Annual vaccination report of Bihar and Orissa - 1911-1928
Year: 1911
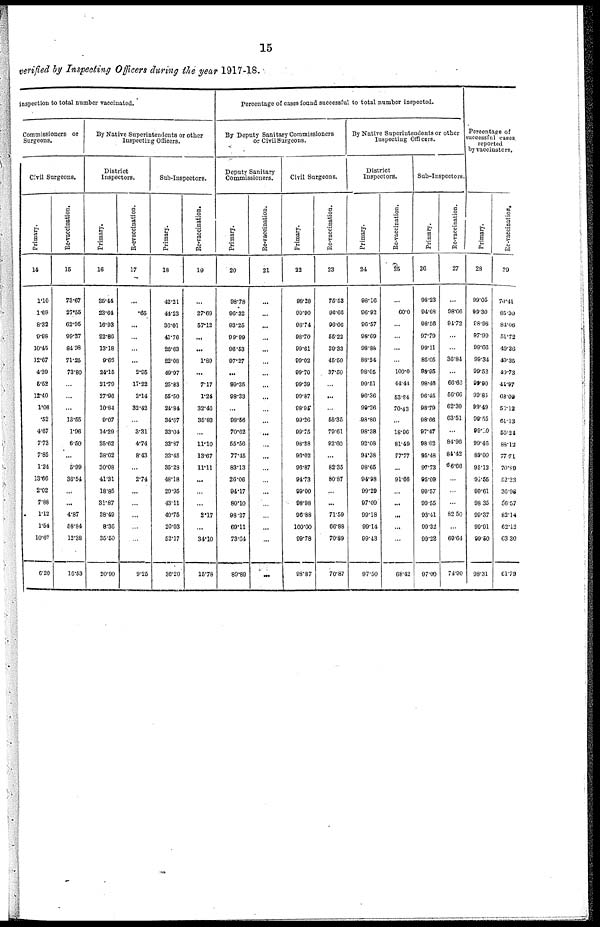
15
verified by Inspecting Officers during the year 1917-18.
inspection to total number vaccinated.
Commissioners or
Surgeons.
Civil Surgeons.
Primary.
14
1.10
1.69
8.32
9.98
10.45
12.67
4.39
6.52
12.40
1.06
.52
4.67
7.73
7.85
1.24
13.66
2.02
7.88
1.12
1.54
10.67
6.20
Re-vaccination.
15
73.67
27.55
62.95
99.37
84.98
71.25
73.80
...
...
...
13.55
1.96
6.50
...
5.99
36.54
...
...
4.87
58.84
12.38
16.53
By Native Superintendents or other
Inspecting Officers.
District
Inspectors.
Primary.
16
35.44
23.64
16.93
22.86
13.18
9.66
24.15
21.79
27.96
10.84
9.07
14.29
25.62
38.62
30.08
41.31
18.85
81.87
38.49
8.36
35.50
20.90
Revaccination.
17
...
.65
...
...
...
...
2.95
17.22
3.14
32.42
...
3.31
4.74
8.43
...
2.74
...
...
...
...
...
9.25
Sub-Inspectors.
Primary.
18
42.21
44.23
36.01
41.76
26.63
22.08
49.97
25.83
55.50
24.84
34.67
33.04
32.87
33.45
35.28
48.18
29.95
43.11
40.75
20.03
52.17
36.20
Re-vaccination.
19
...
27.69
57.12
...
...
1.89
...
7.17
1.24
32.46
35.83
...
11.10
13.67
11.11
...
...
...
2.17
...
34.10
15.78
Percentage of cases found successful to total number inspected.
By Deputy Sanitary Commissioners
or Civil Surgeons.
Deputy Sanitary
Commissioners.
Primary.
20
98.78
96.32
93.25
99.99
96.53
97.27
...
99.35
98.33
...
98.56
70.62
55.56
77.45
83.13
26.06
94.17
80.10
98.27
69.11
73.64
89.89
Re-vaccination.
21
...
...
...
...
...
...
...
...
...
...
...
...
...
...
...
...
...
...
...
...
...
...
Civil Surgeons.
Primary.
22
98.28
99.90
98.74
98.70
99.61
99.02
99.70
99.39
99.87
98.94
99.26
99.75
98.38
96.02
96.87
94.73
99.00
98.98
96.88
100.00
99.78
98.87
Re-vaccination.
23
75.53
96.66
96.06
55.22
39.33
45.50
37.50
...
...
...
55.35
79.61
92.60
...
82.35
80.87
...
...
71.59
66.88
70.89
70.87
By Native Superintendents or other
Inspecting Officers.
District
Inspectors.
Primary.
24
98.16
96.92
96.57
98.69
98.88
88.24
98.05
99.51
96.36
99.26
98.80
98.38
92.08
94.38
98.66
94.98
99.29
97.09
99.18
99.14
99.43
97.50
Re-vaccination.
25
...
60.0
...
...
...
...
100.0
44.44
53.84
70.43
...
18.96
81.49
77.77
...
91.66
...
...
...
...
...
68.42
Sub-Inspectors.
Primary.
26
98.23
94.68
98.56
97.79
99.11
85.05
98.95
98.46
96.45
98.79
98.66
97.47
98.02
95.48
97.73
95.09
99.57
90.55
93.41
99.32
99.22
97.00
Re-vaccination.
27
...
98.06
94.72
...
...
36.84
...
66.66
56.66
62.30
63.51
...
84.96
84.42
66.66
...
...
...
82.50
...
69.64
74.90
Percentage of
successful cases.
reported
by vaccinators.
Primary.
28
99.05
99.30
98.98
97.99
99.66
99.34
99.52
99.90
99.85
99.49
99.55
99.00
99.46
89.00
95.12
92.55
99.61
98.35
99.37
99.91
99.50
98.31
Re-vaccination.
29
70.41
85.30
84.06
51.72
40.36
49.35
40.73
44.97
68.09
50.12
61.13
55.24
88.12
77.71
70.89
52.23
36.98
56.57
82.14
62.12
63.30
61.79